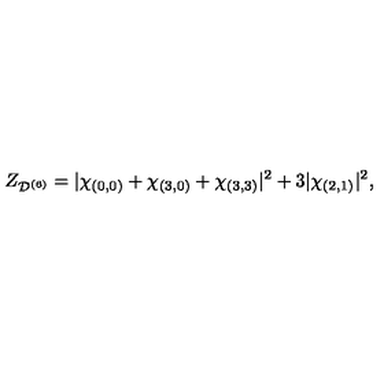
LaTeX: Z _ { \mathcal { D } ^ { ( 6 ) } } = | \chi _ { ( 0 , 0 ) } + \chi _ { ( 3 , 0 ) } + \chi _ { ( 3 , 3 ) } | ^ { 2 } + 3 | \chi _ { ( 2 , 1 ) } | ^ { 2 } ,